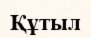
Құтыл